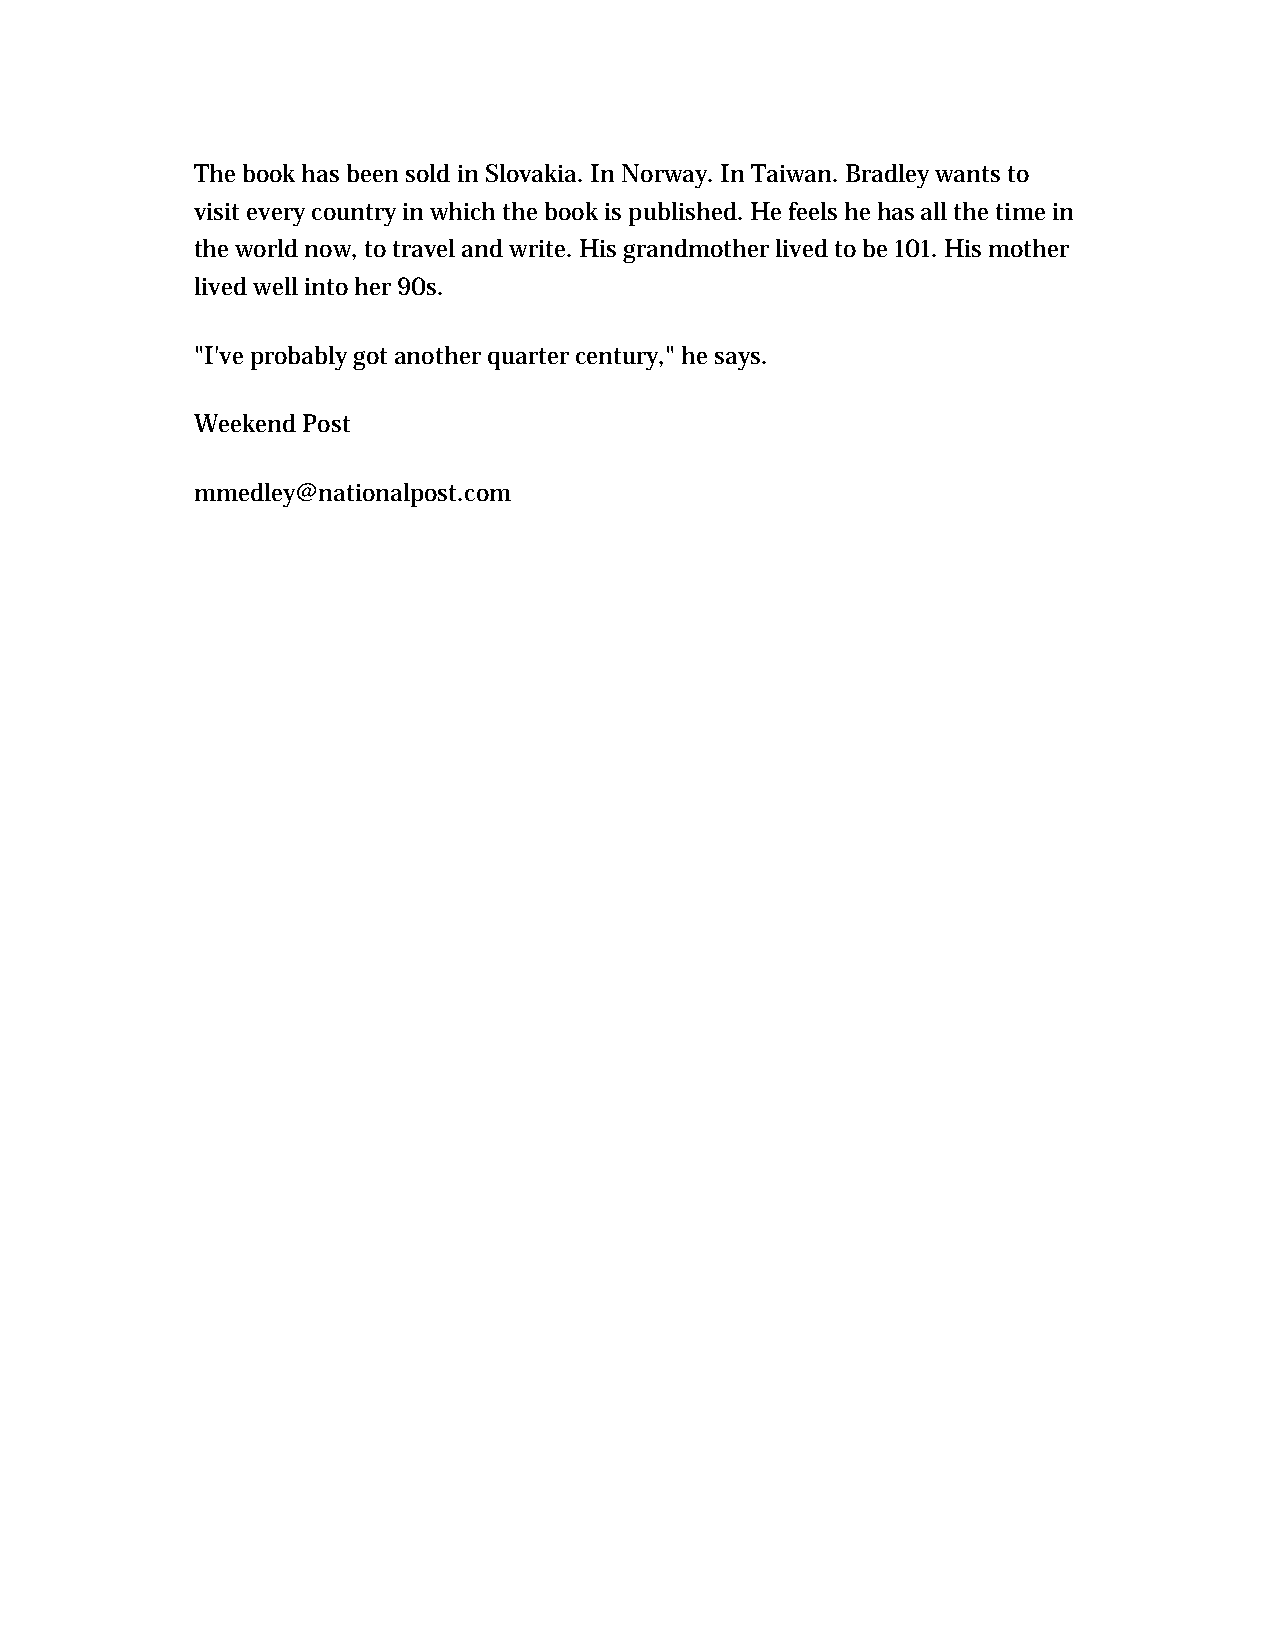
The book has been sold in Slovakia. In Norway. In Taiwan. Bradley wants to
 visit every country in which the book is published. He feels he has all the time in
 the world now, to travel and write. His grandmother lived to be 101. His mother
 lived well into her 90s.
 "I've probably got another quarter century," he says.
 Weekend Post
 mmedley@nationalpost.com